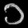
Digit: ၁